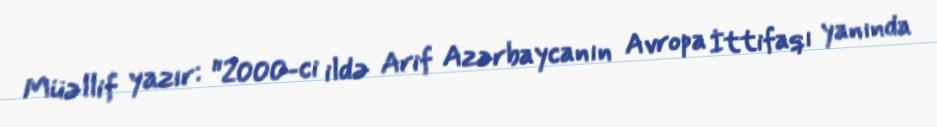
Müəllif yazır: "2000-ci ildə Arif Azərbaycanın Avropa İttifaqı yanında